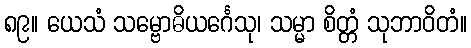
၈၉။ ယေသံ သမ္ဗောဓိယင်္ဂေသု၊ သမ္မာ စိတ္တံ သုဘာဝိတံ။